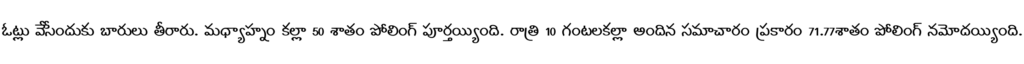
ఓట్లు వేసేందుకు బారులు తీరారు. మధ్యాహ్నం కల్లా 50 శాతం పోలింగ్ పూర్తయ్యింది. రాత్రి 10 గంటలకల్లా అందిన సమాచారం ప్రకారం 71.77శాతం పోలింగ్ నమోదయ్యింది.